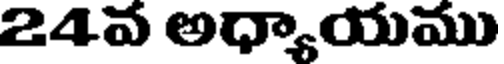
24వ అధ్యాయము